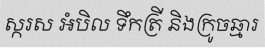
ស្ករស អំបិល ទឹកត្រី និងក្រូចឆ្មារ